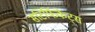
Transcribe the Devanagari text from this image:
सटिर्फिकेट्स